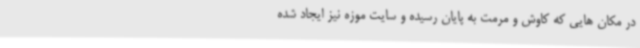
در مکان هایی که کاوش و مرمت به پایان رسیده و سایت موزه نیز ایجاد شده